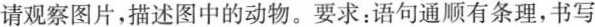
请观察图片，描述图中的动物。要求：语句通顺有条理，书写